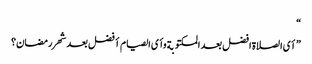
“
”أی الصلاة افضل بعد المکتوبة وأی الصیام أفضل بعد شهر رمضان؟